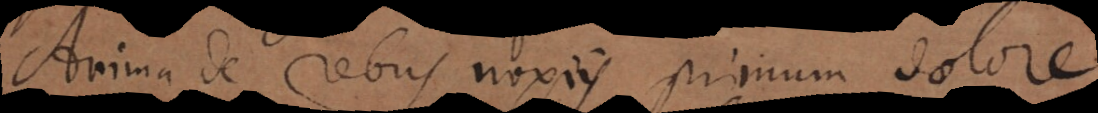
Anima de rebus noxiis primum dolore